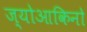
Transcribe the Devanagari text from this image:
ज्योआकिनो